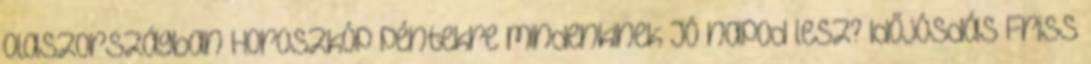
Olaszországban Horoszkóp péntekre mindenkinek Jó napod lesz? Időjósdás Friss